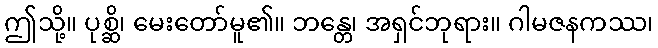
ဤသို့။ ပုစ္ဆိ၊ မေးတော်မူ၏။ ဘန္တေ၊ အရှင်ဘုရား။ ဂါမဇနကဿ၊